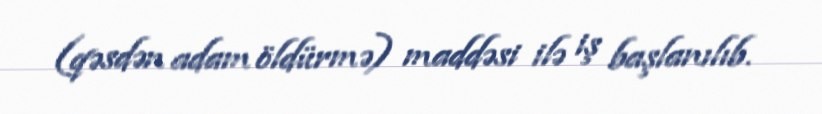
(qəsdən adam öldürmə) maddəsi ilə iş başlanılıb.